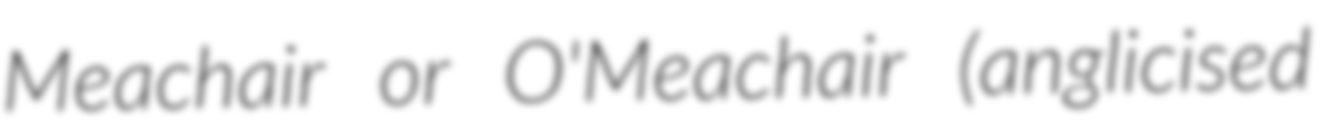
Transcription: Meachair or O'Meachair (anglicised